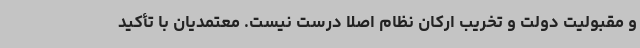
و مقبولیت دولت و تخریب ارکان نظام اصلاً درست نیست. معتمدیان با تأکید